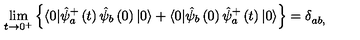
\lim _ { t \rightarrow 0 ^ { + } } \left\{ \langle 0 | \hat { \psi } _ { a } ^ { + } \left( t \right) \hat { \psi } _ { b } \left( 0 \right) | 0 \rangle + \langle 0 | \hat { \psi } _ { b } \left( 0 \right) \hat { \psi } _ { a } ^ { + } \left( t \right) | 0 \rangle \right\} = \delta _ { a b , } ^ { }